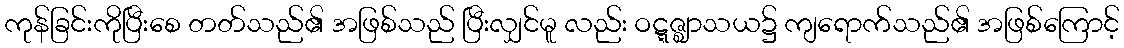
ကုန်ခြင်းကိုပြီးစေ တတ်သည်၏ အဖြစ်သည် ပြီးလျှင်မူ လည်း ဝဋ္ဋဇ္ဈာသယ၌ ကျရောက်သည်၏ အဖြစ်ကြောင့်